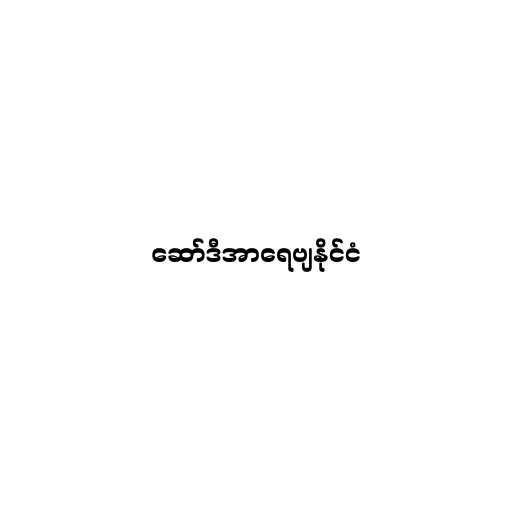
ဆော်ဒီအာရေဗျနိုင်ငံ